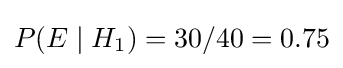
P(E\mid H_{1})=30/40=0.75